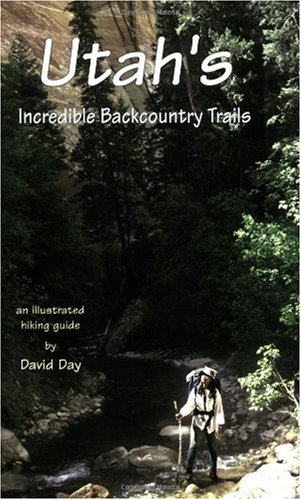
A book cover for Utah's Incredible Backcountry Trails; David Day; Travel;